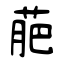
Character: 萉